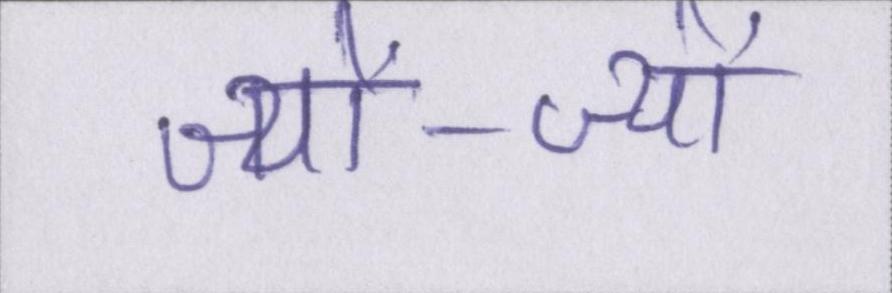
ज्यों-ज्यों